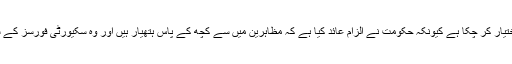
یہ معاملہ ایک پیچیدہ صورتحال اختیار کر چکا ہے کیونکہ حکومت نے الزام عائد کیا ہے کہ مظاہرین میں سے کچھ کے پاس ہتھیار ہیں اور وہ سکیورٹی فورسز کے ساتھ جھڑپوں کا ارادہ رکھتے ہیں۔